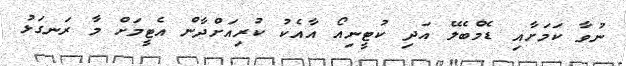
ނުވާ ކަމަށާއި ޑެމްބެލޭ އަދި ކުޓީނިއޯ އާއެކު ކުރިއަށްދާން އެޓީމަށް މާ ރަނގަޅު